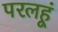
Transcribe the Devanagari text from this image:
परलहूं